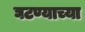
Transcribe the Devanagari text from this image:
घटण्याच्या